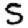
Digit: 5